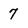
Character: 7